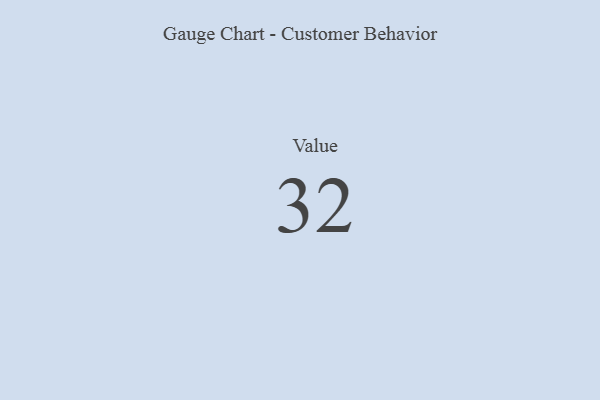
{"axis": {"x": "Metric", "y": "Value"}, "legend": [""], "data": [{"x": "Value", "y": 32, "type": ""}]}